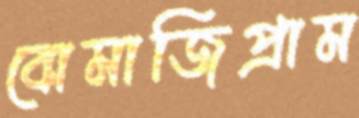
বোমাজিপ্রাম